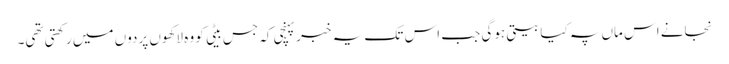
نجانے اس ماں پہ کیا بیتی ہوگی جب اس تک یہ خبر پہنچی کہ جس بیٹی کو وہ لاکھوں پردوں میں رکھتی تھی۔